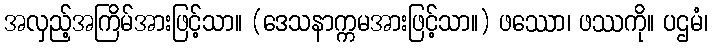
အလှည့်အကြိမ်အားဖြင့်သာ။ (ဒေသနာက္ကမအားဖြင့်သာ။) ဖဿော၊ ဖဿကို။ ပဌမံ၊